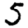
Digit: 5